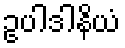
ဥပါဒါနိယံ